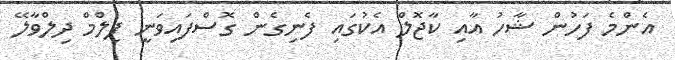
އެންމެ ފަހުން ޝާހު އާއި ކާޖޮލް އެކުގައި ފެނިގެން ގޮސްފައިވަނީ ފިލްމް ދިލްވާލޭ